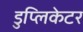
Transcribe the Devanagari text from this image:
डुप्लिकेटर